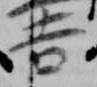
吉